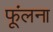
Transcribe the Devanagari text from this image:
फूंलना